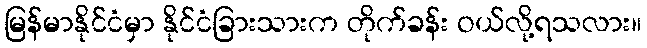
မြန်မာနိုင်ငံမှာ နိုင်ငံခြားသားက တိုက်ခန်း ဝယ်လို့ရသလား။